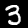
Digit: 3